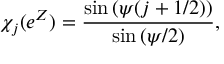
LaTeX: \chi _ { j } ( e ^ { Z } ) = { \frac { \sin { ( \psi ( j + 1 / 2 ) ) } } { \sin { ( \psi / 2 ) } } } ,